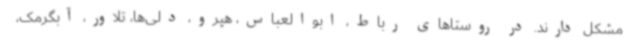
مشکل دارند. در روستاهای رباط، ابوالعباس، هپرو، دلی‌ها، تلاور، آبگرمک،